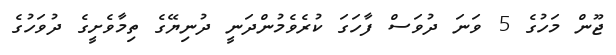
ޖޫން މަހުގެ 5 ވަނަ ދުވަސް ފާހަގަ ކުރެވެމުންދަނީ ދުނިޔޭގެ ތިމާވެށީގެ ދުވަހުގެ